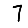
Digit: 7